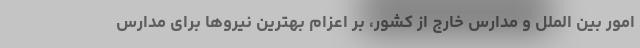
امور بین الملل و مدارس خارج از کشور، بر اعزام بهترین نیروها برای مدارس